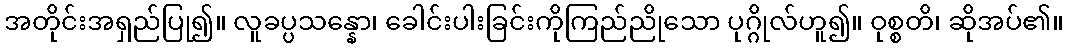
အတိုင်းအရှည်ပြု၍။ လူခပ္ပသန္နော၊ ခေါင်းပါးခြင်းကိုကြည်ညိုသော ပုဂ္ဂိုလ်ဟူ၍။ ဝုစ္စတိ၊ ဆိုအပ်၏။